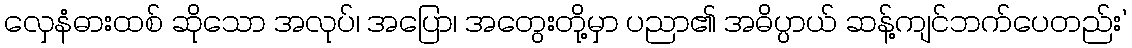
လှေနံဓားထစ် ဆိုသော အလုပ်၊ အပြော၊ အတွေးတို့မှာ ပညာ၏ အဓိပ္ပာယ် ဆန့်ကျင်ဘက်ပေတည်း’